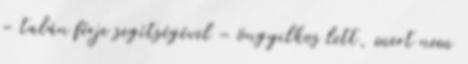
– talán férje segítségével – öngyilkos lett, mert nem